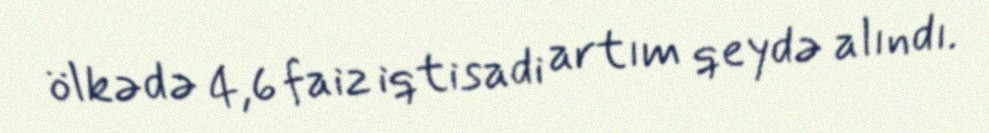
ölkədə 4,6 faiz iqtisadi artım qeydə alındı.